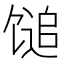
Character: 𫗰